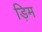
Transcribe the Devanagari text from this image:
ड़िम